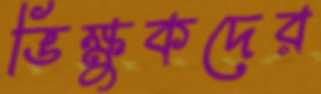
ভিক্ষুকদের